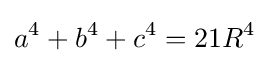
a^{4}+b^{4}+c^{4}=21R^{4}